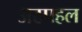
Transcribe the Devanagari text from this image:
अठपहल